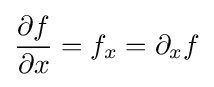
{\frac {\partial f}{\partial x}}=f_{x}=\partial _{x}f